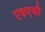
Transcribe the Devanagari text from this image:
एकएकी